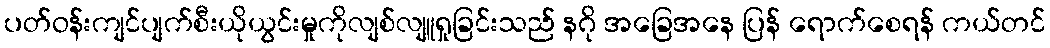
ပတ်ဝန်းကျင်ပျက်စီးယိုယွင်းမှုကိုလျစ်လျူရှုခြင်းသည် နဂို အခြေအနေ ပြန် ရောက်စေရန် ကယ်တင်